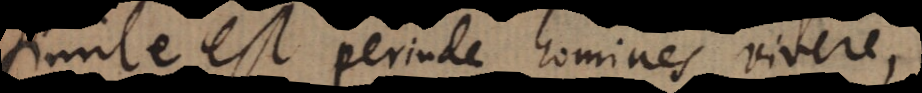
simile est perinde homines vivere,